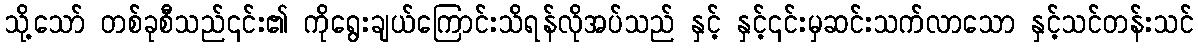
သို့သော် တစ်ခုစီသည်၎င်း၏ ကိုရွေးချယ်ကြောင်းသိရန်လိုအပ်သည် နှင့် နှင့်၎င်းမှဆင်းသက်လာသော နှင့်သင်တန်းသင်